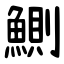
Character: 鰂